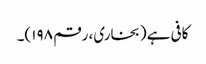
کافی ہے(بخاری، رقم ۱۹۸)۔